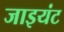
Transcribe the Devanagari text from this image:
जाइयंट